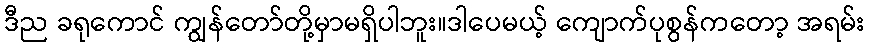
ဒီည ခရုကောင် ကျွန်တော်တို့မှာမရှိပါဘူး။ဒါပေမယ့် ကျောက်ပုစွန်ကတော့ အရမ်း